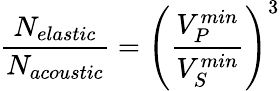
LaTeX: \frac{N_{elastic}}{N_{acoustic}}=\left(\frac{V_{P}^{min}}{V_{S}^{min}}\right)^{3}